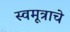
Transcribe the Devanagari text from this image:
स्वमूत्राचे